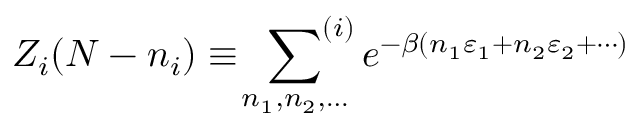
Z _ { i } ( N - n _ { i } ) \equiv \ \sideset { } { ^ { ( i ) } } \sum _ { n _ { 1 } , n _ { 2 } , \ldots } e ^ { - \beta ( n _ { 1 } \varepsilon _ { 1 } + n _ { 2 } \varepsilon _ { 2 } + \cdots ) }